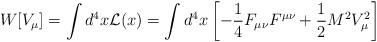
LaTeX: \begin{align*}W[V_{\mu}]=\int d^4x{\cal L}(x)=\int d^4x\left[-{1\over 4}F_{\mu\nu}F^{\mu\nu}+{1\over 2}M^2V_\mu^2\right]\end{align*}